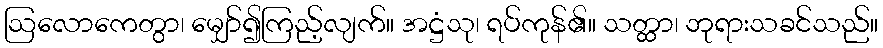
ဩလောကေတွာ၊ မျှော်၍ကြည့်လျက်။ အဋ္ဌံသု၊ ရပ်ကုန်၏။ သတ္ထာ၊ ဘုရားသခင်သည်။